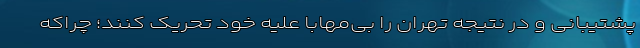
پشتیبانی و در نتیجه تهران را بی‌مهابا علیه خود تحریک کنند؛ چراکه